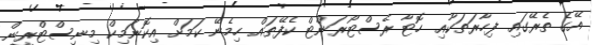
އޭގެ ތެރޭގައި ފިހާރަތަކާއި ހޮޓާ ރެސްޓޯރަންޓް ކެފޭތައް ހިމެނޭ ކަމަށް އިކޮނަމިކް މިނިސްޓްރީން